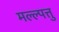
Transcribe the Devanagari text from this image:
मल्ल्पत्तु